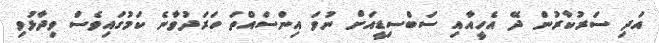
އަދި ސަރުކާރުން ދޭ އެހީއާއި ސަބްސިޑީއަށް ނުވަ އިންސައްތަ ހަރަދުވާނެ ކަމުގައިވެސް ވިދާޅުވި